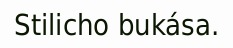
Stilicho bukása.